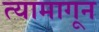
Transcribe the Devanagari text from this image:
त्यामागून